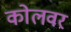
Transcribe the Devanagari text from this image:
कोलवर